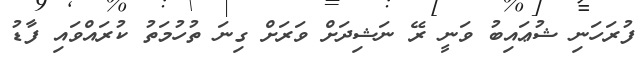
ފުރަހަނި ޝުޢައިބު ވަނީ ރޭ ނަޝިދަށް ވަރަށް ގިނަ ތުހުމަތު ކުރައްވައި ފާޑު